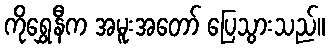
ကိုရွှေနီက အမူးအတော် ပြေသွားသည်။